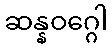
ဆန္နဝဂ္ဂေါ